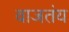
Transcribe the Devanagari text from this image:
वाजतंय